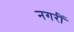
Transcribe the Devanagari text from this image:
नगरीं